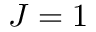
J = 1